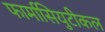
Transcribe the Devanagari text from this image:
फार्मासियुटीकल